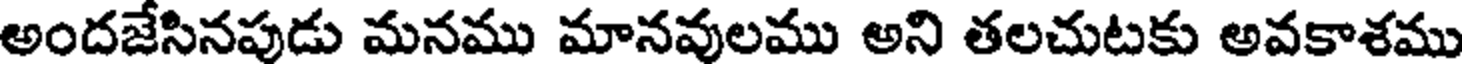
అందజేసినపుడు మనము మానవులము అని తలచుటకు అవకాశము